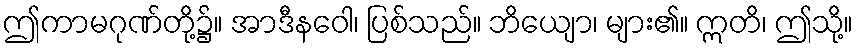
ဤကာမဂုဏ်တို့၌။ အာဒီနဝေါ၊ ပြစ်သည်။ ဘိယျော၊ များ၏။ ဣတိ၊ ဤသို့။